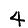
Digit: 4